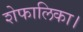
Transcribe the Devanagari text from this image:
शेफालिका।